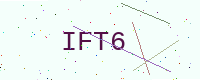
Text: IFT6